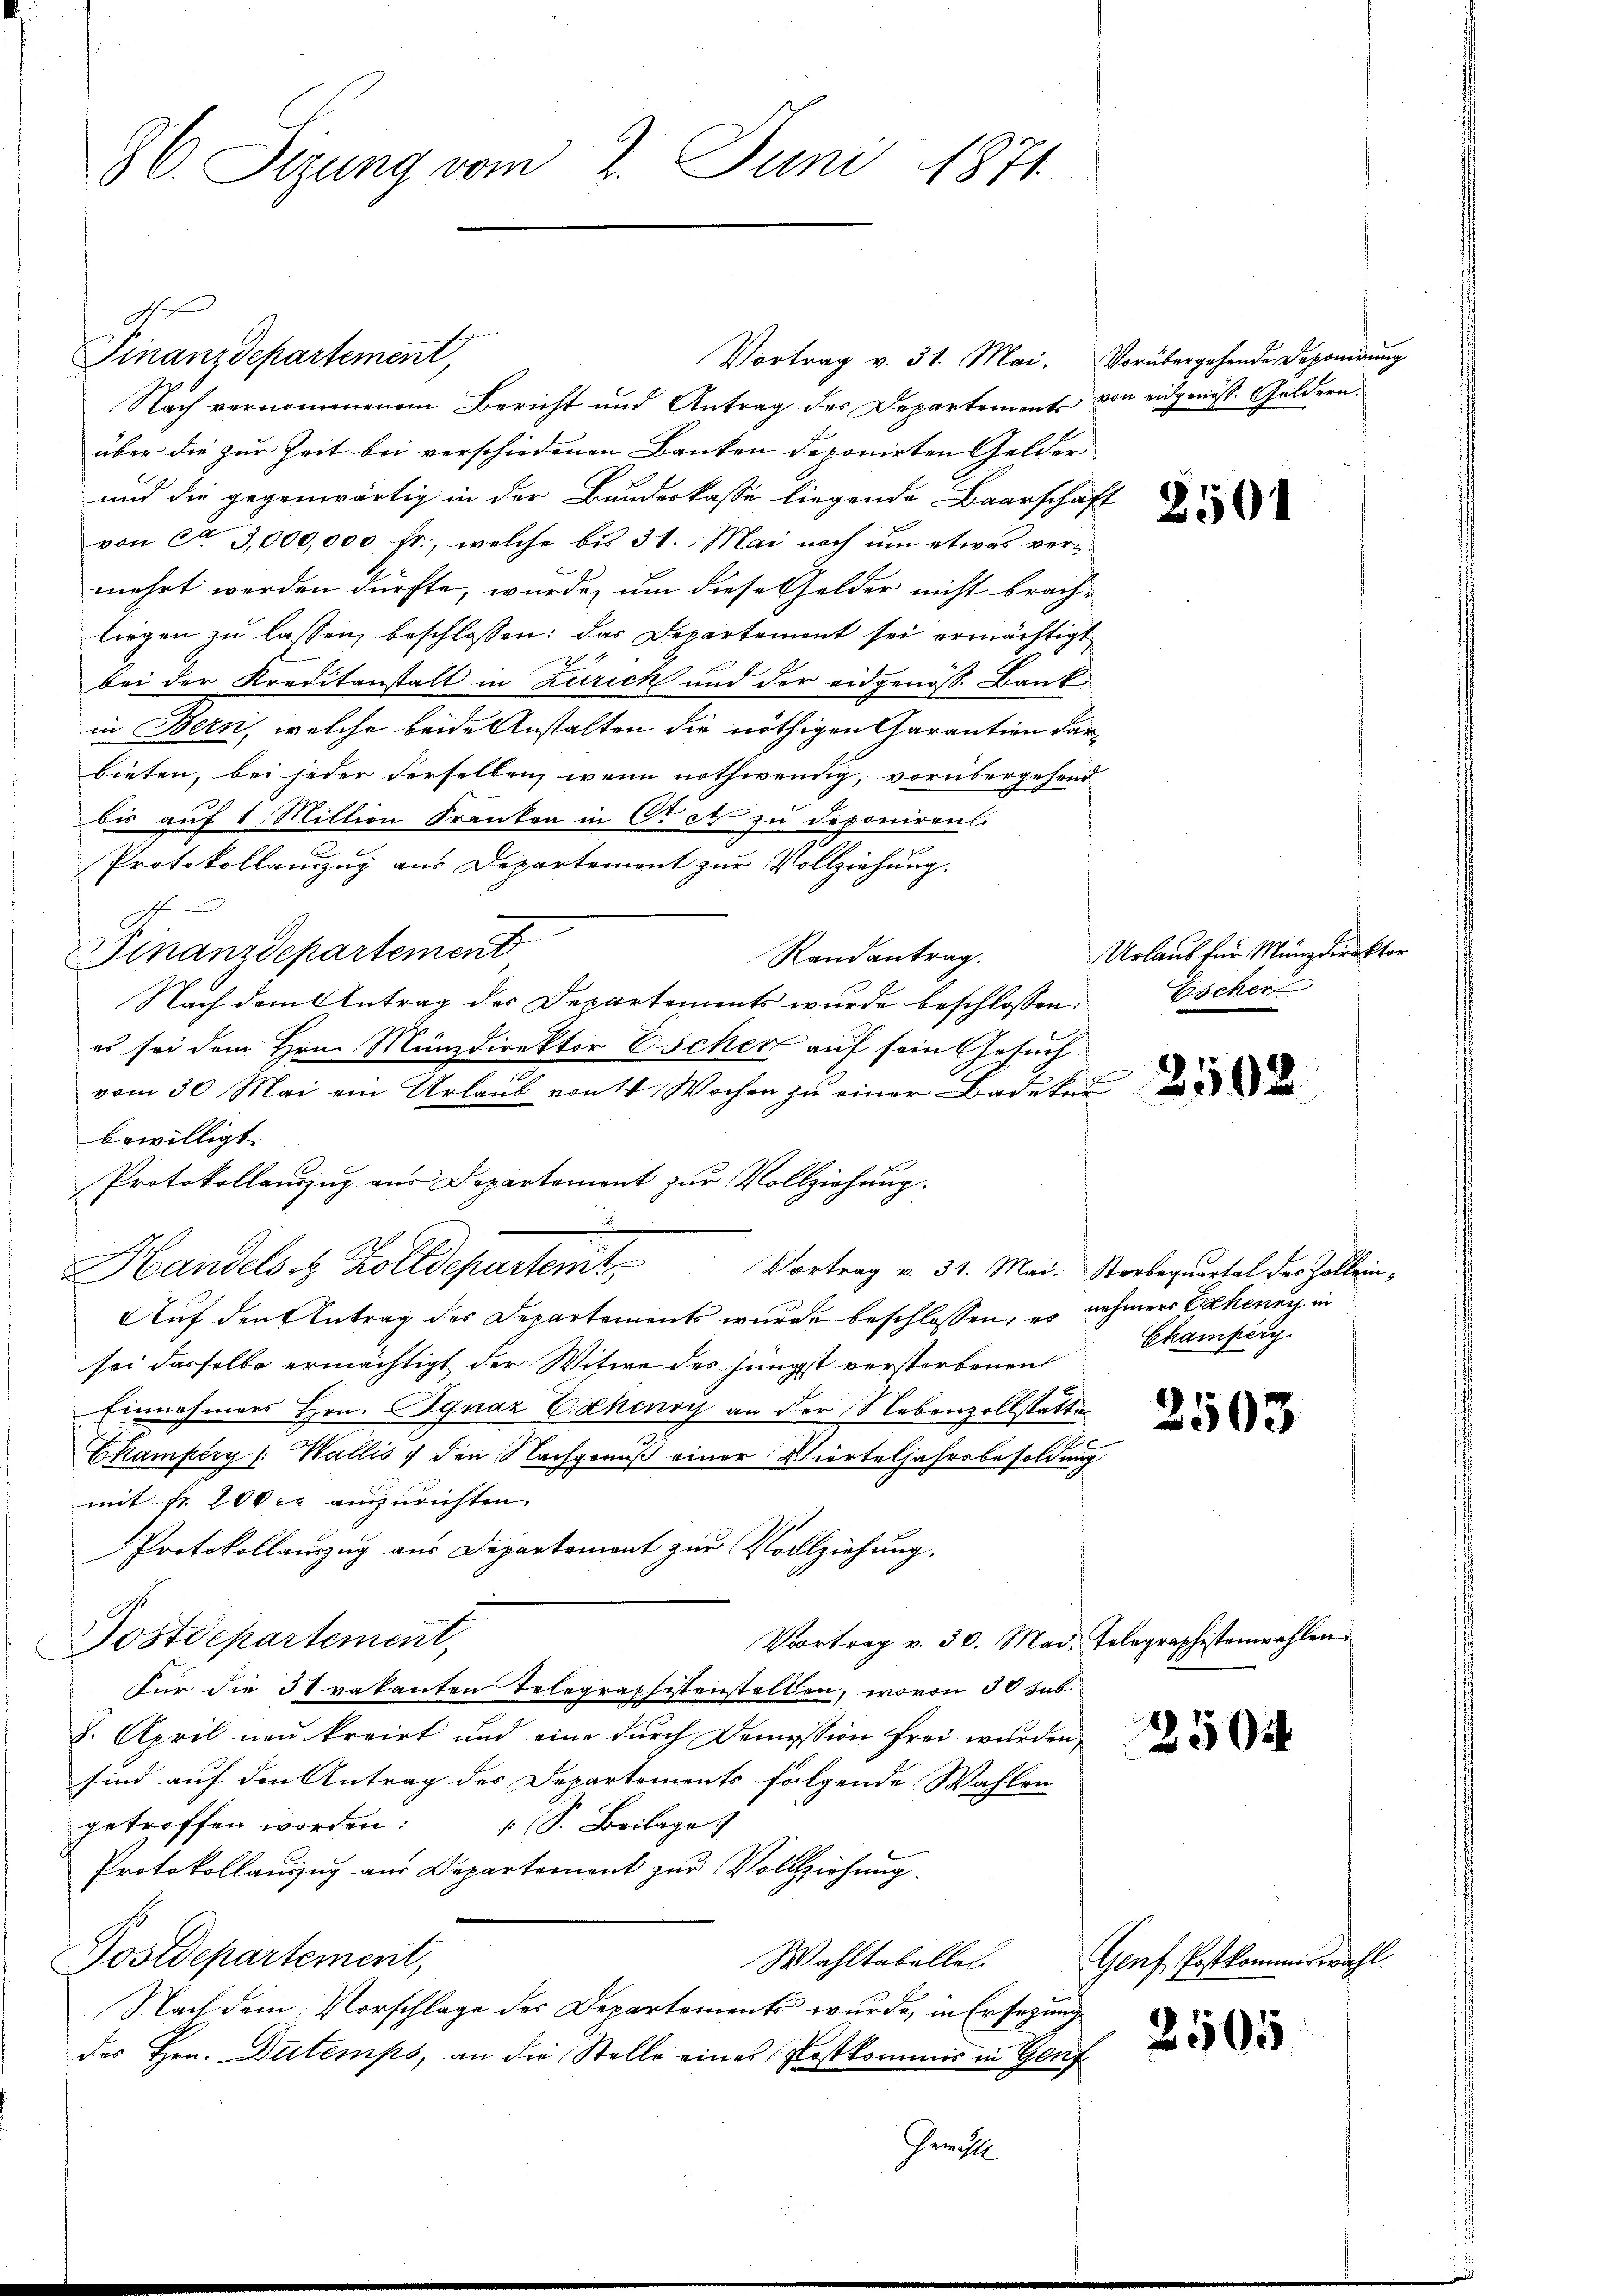
Nach vernommenem Bericht und Antrag des Departements
über die zur Zeit bei verschiedenen Banken deponirten Gelder
und die gegenwärtig in der Bundeskasse liegende Baarscha-
von A. 3,000,000 fr., welche bis 31. Mai noch um etwas vermehrt werden dürfte, wurde, um diese Gelder nicht brach-
liegen zu lassen, beschlossen: das Departement sei ermächtigt
bei der Kreditanstalt in Zürich und der eidgenöss. Bank
in Bern, welche beide Anstalten die nöthigen Garantion darbieten, bei jeder derselben, wenn nothwendig, vorübergehend
bis auf 1 Miltion Franken in C. c. zu deponiren.
Protokollanzug aus Departement zur Vollziehung.
h
Finanzdepartement
Randantrag.
Nach dem Antrag des Departements wurde beschlossen:
es sei dem Hrn. Münzdirektor Escher auf sein Gesuchvom 30. Mai ein Urlaub von 4 Wochen zu einer Bade kein
bewilligt.
Auf den Antrag des Departements wurde beschlossen, es nehmers Erkenen in
sei dasselbe ermächtigt der Witwe des jüngst verstorbenen
Einnahmers Hrn. Ignaz B. Ekenry an der Nebenzollstatte
Ekampéry (: Wallis, den Nachgenuß einer Vierteljahrsbesoldung
mit Fr. 200 rl auszurichten.
Protokollauszug aus Departement zur Vollziehung.
Vortrag v. 30. Mad. Telegraphistenwahlen.
Postdepartement,
Für die 37 vakanten Telegraphistenstellen, wovon 30 sub
8. April neu kreirt und eine durch Demission frei wurden,
sind auf den Antrag des Departements folgende Wahlen
getroffen worden:
 S. Beilage
Protokollanzug aus Departement zur Vollziehung.
Postdepartement,
Wahltabelles
Nach dem Vorschlage der Departementes wurde, in Ersezung
des Hrn. Dutemps, an die Stelle eines Postkommis in Genf
Gewohl

86. Sizung vom 2. Juni 1871

Finanzdepartement,

Protokollauszug aus Departement zur Vollziehung.
.
Handels Zolldepartemt
Vortrag v. 31. Mai. Sterbequartal des Zollein¬

Vortrag v. 31. Mai.

Vorübergehende Deponirung
von eidgenöss. Goldern.

Urlaub für Münzdirektor
Escher

.

2501

2502

Champerg.

2503

250

Genf Postkommiswahl.

2505